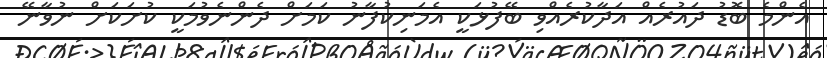
އެންމެ ބޮޑު ދައުރެއް އަދާކުރެއްވި ބޭފުޅަކީ އެމަނިކުފާނު ކަމަށް ދެންނެވުމަކީ ކުށަކަށް ނުވާނޭ